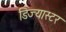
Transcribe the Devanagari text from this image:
डिज्यास्टर